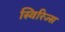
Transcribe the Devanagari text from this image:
स्विरिज्स